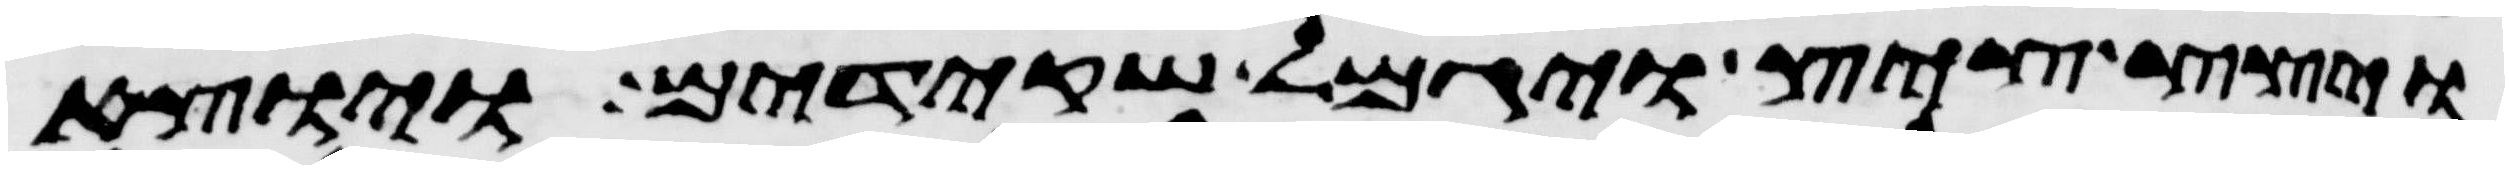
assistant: ויצץ ציץ ויגמל שקידים ויוצא